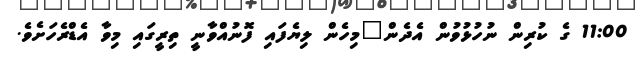
11:00 ގެ ކުރިން ނުހުޅުވުން އެދެން"މިހެން ލިޔެފައި ފޮނުއްވާނީ ތިރީގައި މިވާ އެޑްރެހަށެވެ.